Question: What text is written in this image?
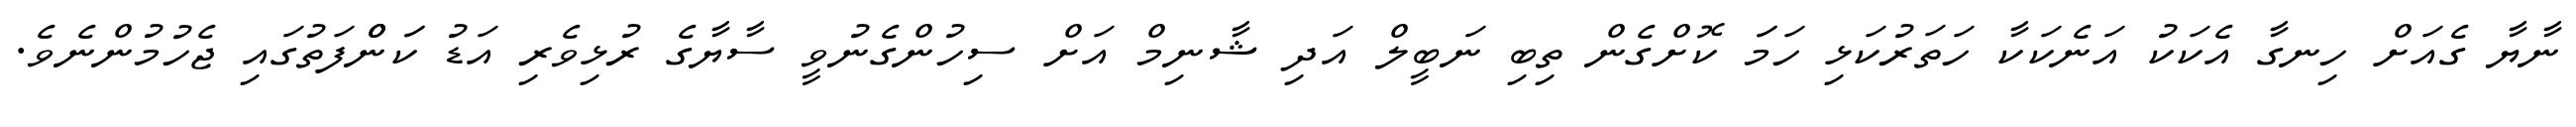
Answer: ނާޔާ ގެއަށް ހިނގާ އެކަކު އަނެކަކާ ހަތަރުކަޅި ހަމަަ ކޮށްގެން ތިބި ނަބީލް އަދި ޝާނިމް އަށް ސިހުންގެނުވީ ސާޔާގެ ރުޅިވެރި އަޑު ކަަންްފަތުގައި ޖެހުމުންނެވެ.